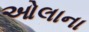
ઓલાના